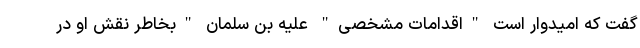
گفت که امیدوار است "اقدامات مشخصی" علیه بن سلمان "بخاطر نقش او در